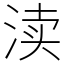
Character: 渎